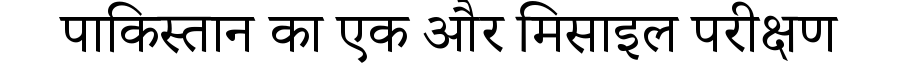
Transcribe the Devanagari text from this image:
पाकिस्तान का एक और मिसाइल परीक्षण